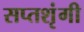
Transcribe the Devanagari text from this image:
सप्‍तशृंगी